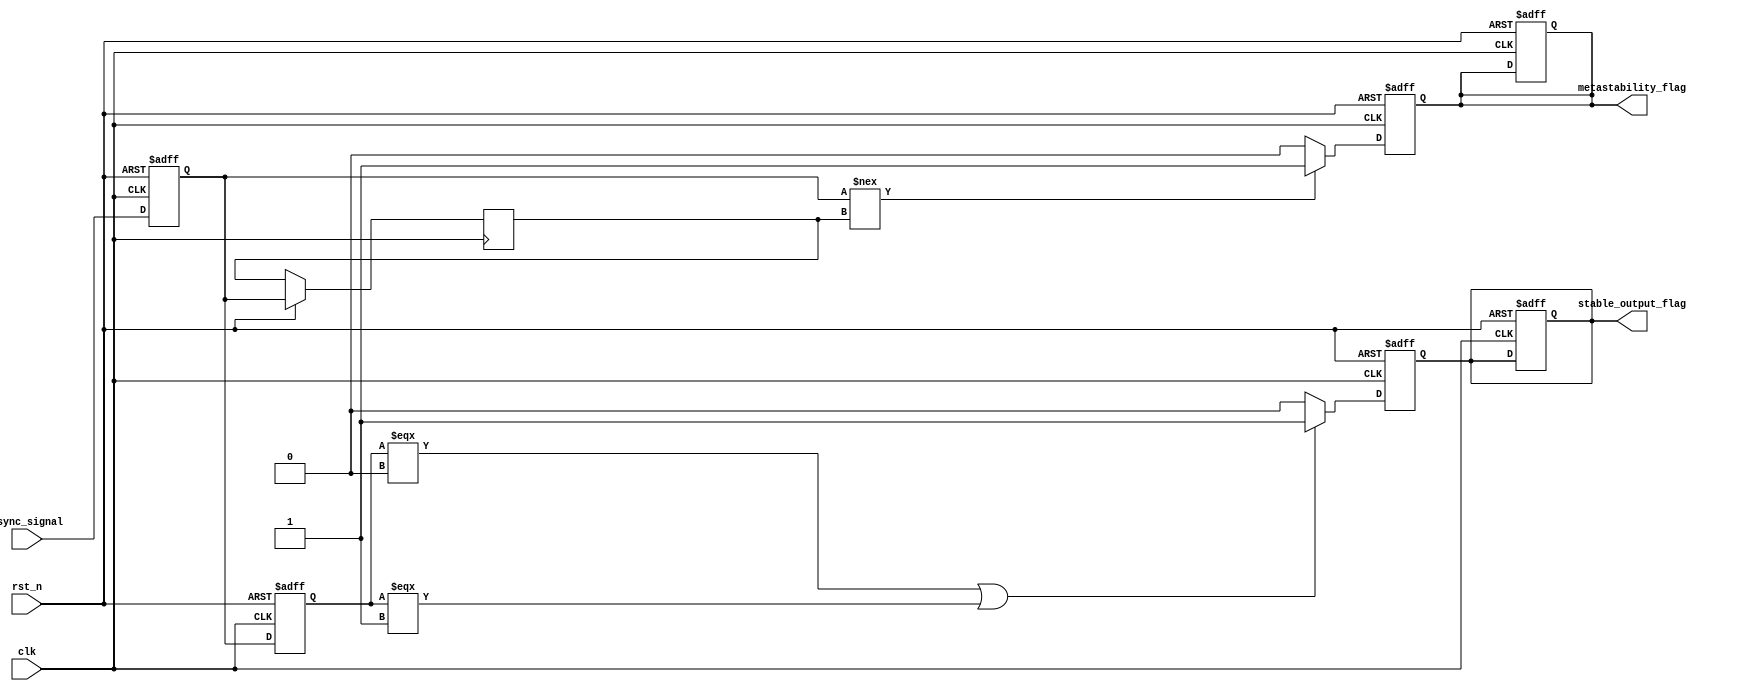
module metastability_detector (
    input wire clk,                  // Clock signal
    input wire rst_n,                // Active low reset signal
    input wire async_signal,          // Asynchronous input signal
    output reg metastability_flag,    // Metastability detected flag
    output reg stable_output_flag      // Stable output flag
);

    // Internal signals for latches
    reg latch1, latch2;
    reg latch1_stable, latch2_stable;

    // Latch behavior for sampling the asynchronous signal
    always @ (posedge clk or negedge rst_n) begin
        if (!rst_n) begin
            latch1 <= 1'b0;
            latch2 <= 1'b0;
            metastability_flag <= 1'b0;
            stable_output_flag <= 1'b0;
        end else begin
            latch1 <= async_signal;  // Sample async_signal at clock edge
            latch2 <= latch1;        // Sample latch1 output at next clock edge
        end
    end

    // Detecting metastability
    always @ (posedge clk or negedge rst_n) begin
        if (!rst_n) begin
            metastability_flag <= 1'b0;
            stable_output_flag <= 1'b0;
        end else begin
            // Check if latch2 is in a metastable state
            if (latch1 !== latch1_stable) begin
                metastability_flag <= 1'b1; // Metastability detected
            end else begin
                metastability_flag <= 1'b0; // Clear flag if no metastability
            end
            
            // Update stable output flag based on latch2 state
            if (latch2 === 1'b0 || latch2 === 1'b1) begin
                stable_output_flag <= 1'b1; // Signal has stabilized
            end else begin
                stable_output_flag <= 1'b0; // Signal is still unstable
            end
            
            // Update stable states
            latch1_stable <= latch1;
            latch2_stable <= latch2;
        end
    end

endmodule